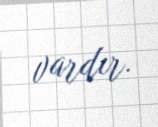
vardır.